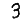
Digit: 3